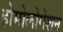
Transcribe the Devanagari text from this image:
होमोलोगेशन